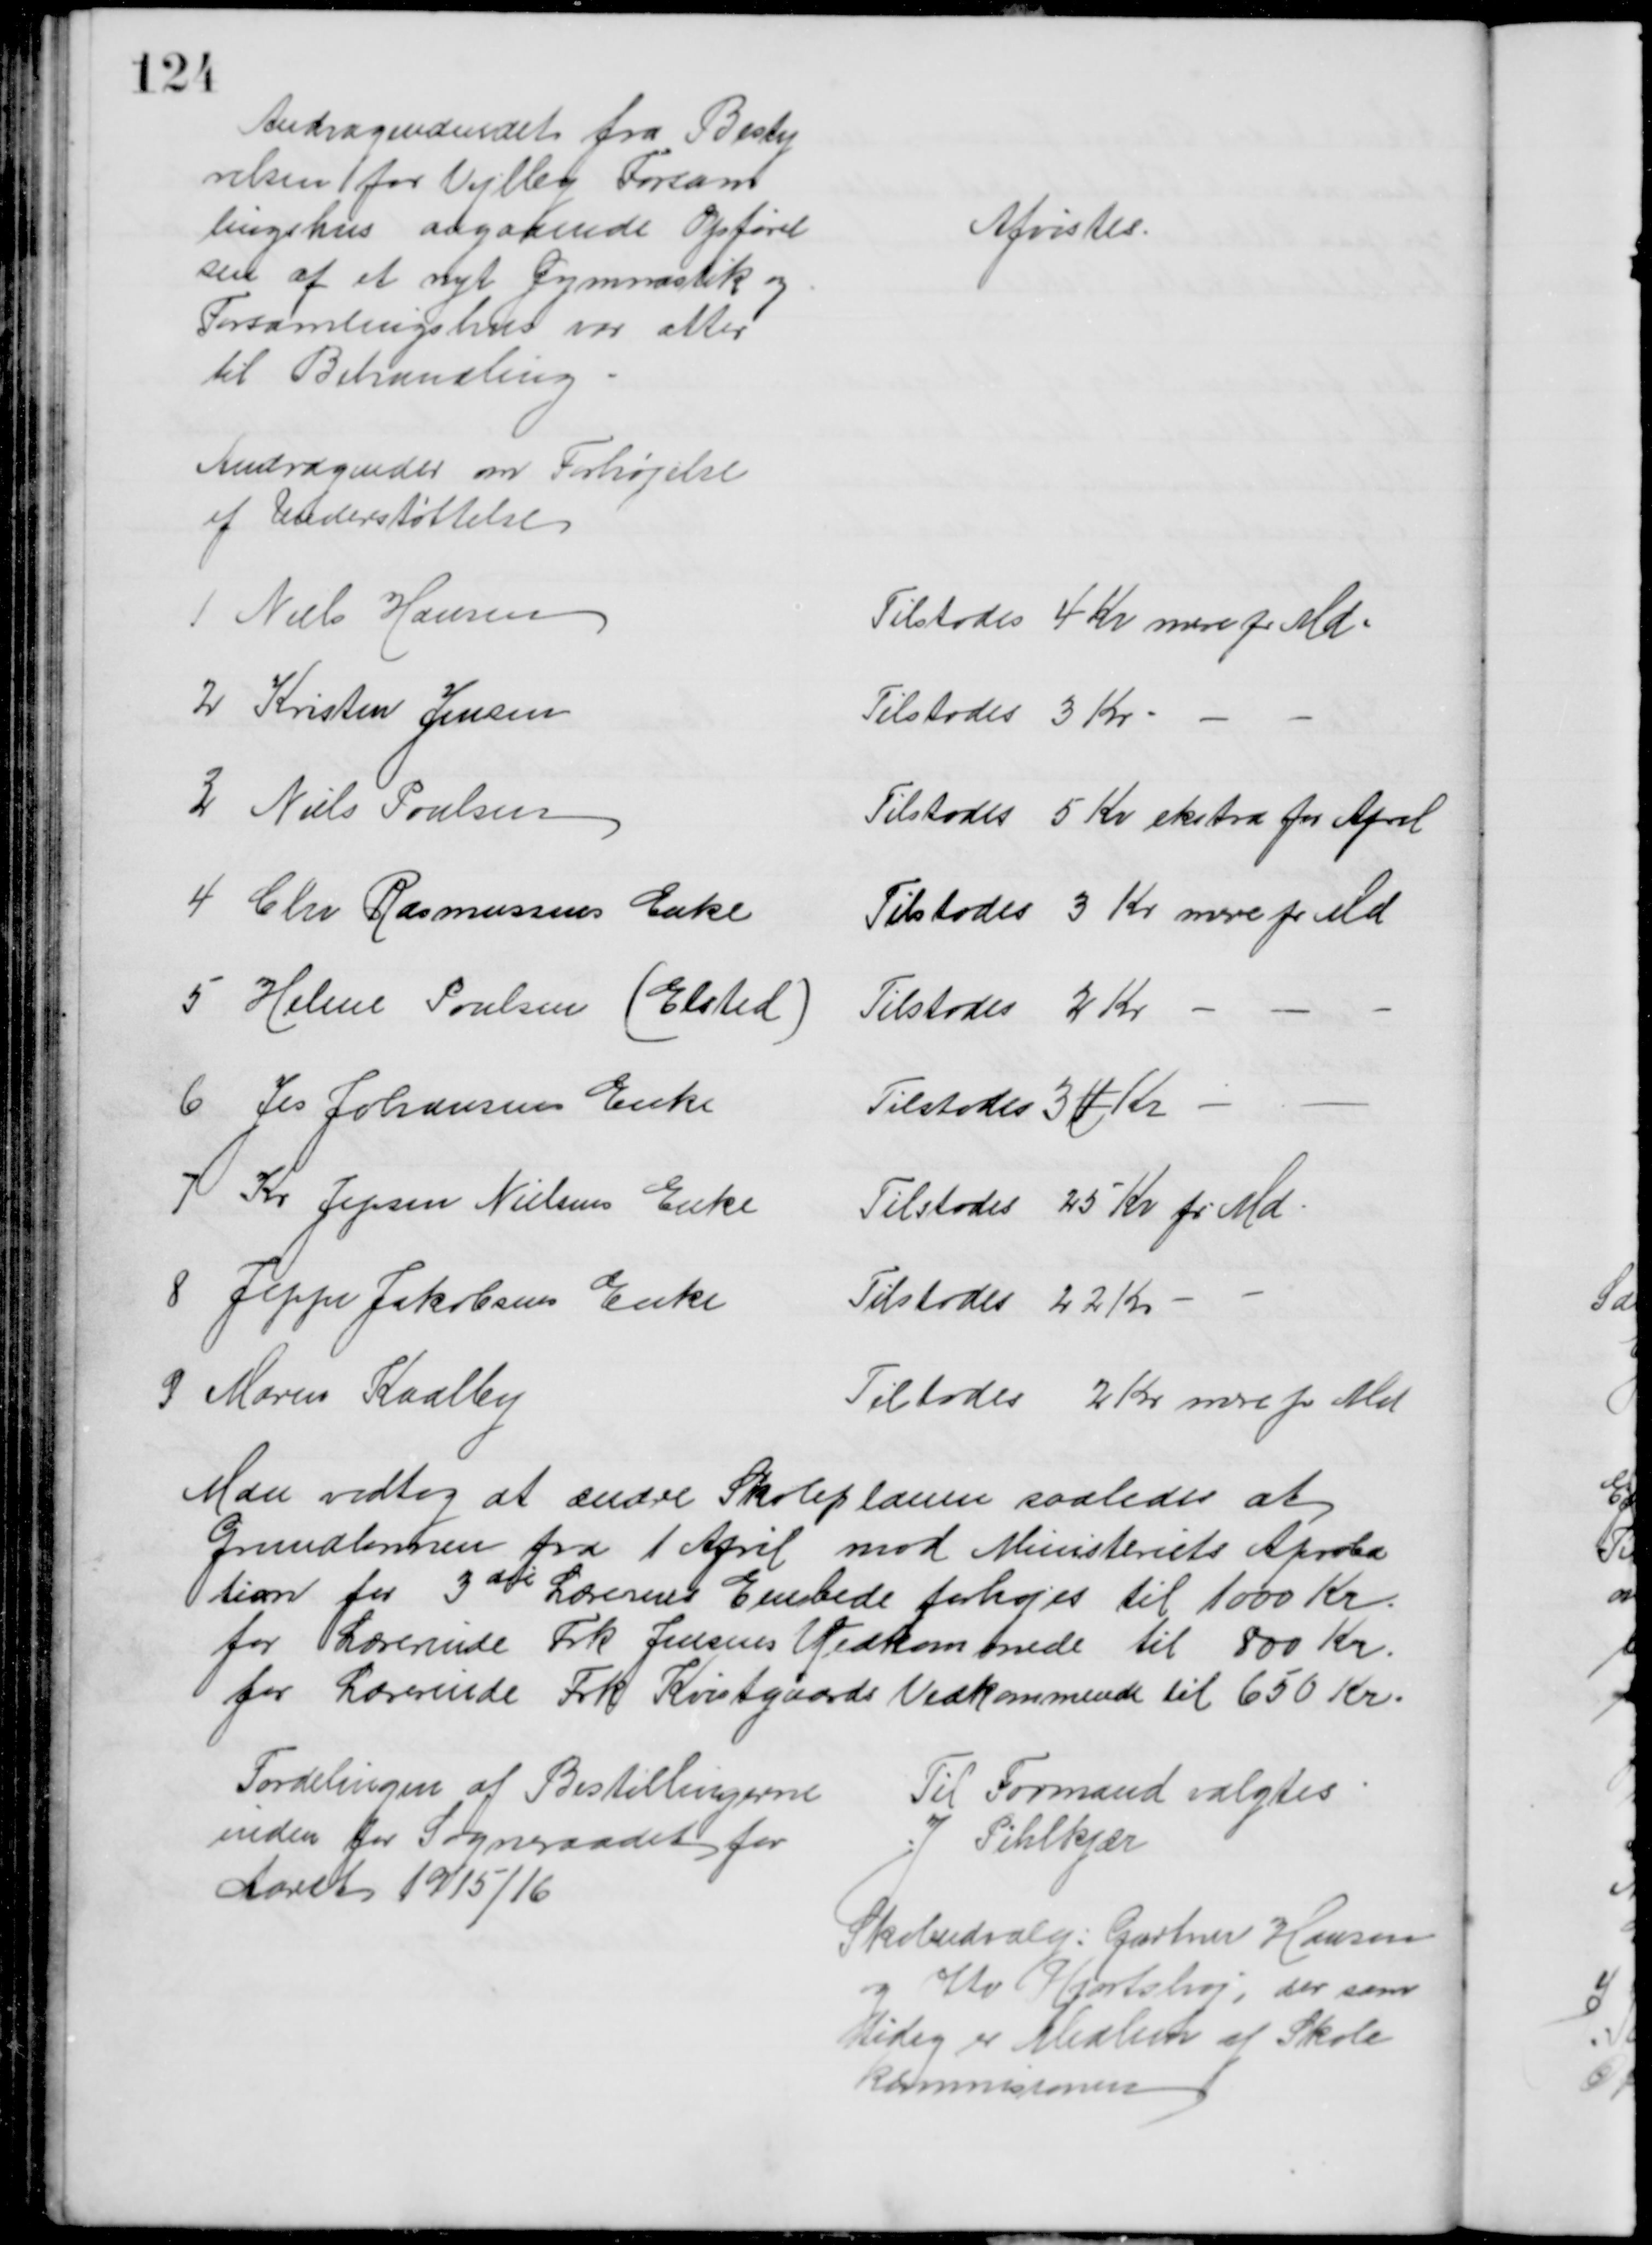
Transskription:
Andragendendet fra Besty
relsen for Vejlby Forsam
lingshus angaaende Opførel
sen af et nyt Gymnastik og
Forsamlingshus var atter
til Behandling
Afvistes.
Andragender om Forhøjelse
af Understøttelse
1 Niels Hansen
Tilstodes 4 Kr mere pr Md.
2 Kristen Jensen
Tilstodes 3 Kr
3 Niels Poulsen
Tilstodes 5 Kr ekstra for April
4 Chr Rasmussens Enke
Tilstodes 3 Kr mere pr Md
5 Helene Poulsen (Elsted)
Tilstodes 2 Kr 
6 Jes Johansens Enke
Tilstodes 31 Kr
7 Kr Jepsen Nielsens Enke
Tilstodes 25 Kr pr Md
8 Jeppe Jakobsens Enke
Tilstodes 22 Kr. 
9 Maren Kaalby
Tilstodes 2 Kr mere pr Md
Man vedtog at ændre Skoleplanen saaledes at
Grundlønnen fra 1 April mod Ministeriets Aproba
tion for 3die Lærerens Embede forhøjes til 1000 Kr.
for Lærerinde Frk Jensens Vedkommede til 800 Kr.
for Lærerinde Frk Kvistgaards Vedkommende til 650 Kr.
Fordelingen af Bestillingerne
inden for Sogneraadet for
Aaret 1915/16
Til Formand valgtes
J Pihlkjær
Skoleudvalg: Gartner Hansen
og Otto Hjortshøj, der sam
tidig er Medlem af Skole
kommisionen